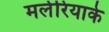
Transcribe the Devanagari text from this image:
मलेरियाके